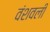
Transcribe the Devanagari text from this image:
वंशवली